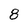
Character: 8